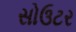
સોઉટર